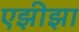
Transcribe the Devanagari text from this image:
एझीझा